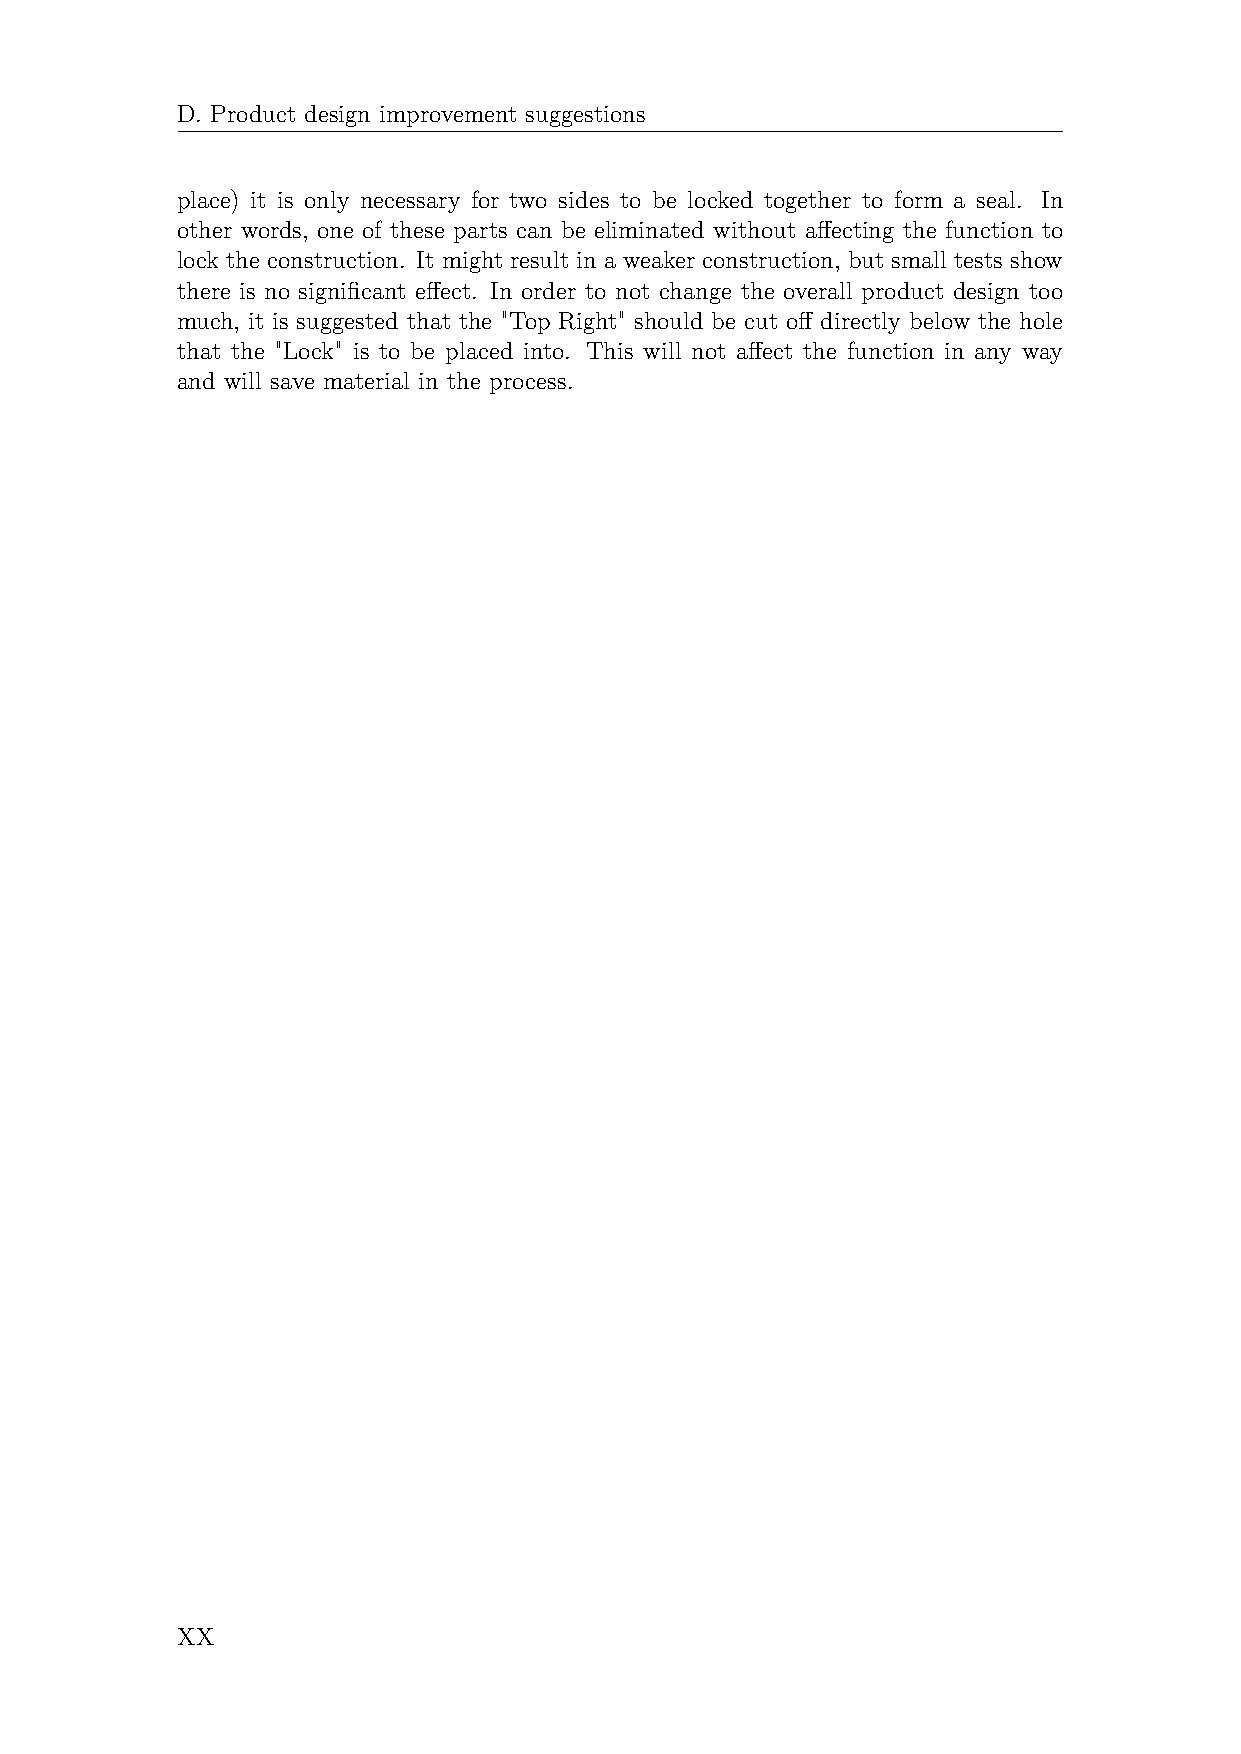
D. Product design improvement suggestions
 place) it is only necessary for two sides to be locked together to form a seal. In
 other words, one of these parts can be eliminated without affecting the function to
 lock the construction. It might result in a weaker construction, but small tests show
 there is no significant effect. In order to not change the overall product design too
 much, it is suggested that the "Top Right" should be cut off directly below the hole
 that the "Lock" is to be placed into. This will not affect the function in any way
 and will save material in the process.
 XX